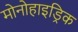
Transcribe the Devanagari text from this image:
मोनोहाइड्रिक